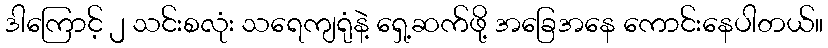
ဒါကြောင့် ၂ သင်းစလုံး သရေကျရုံနဲ့ ရှေ့ဆက်ဖို့ အခြေအနေ ကောင်းနေပါတယ်။